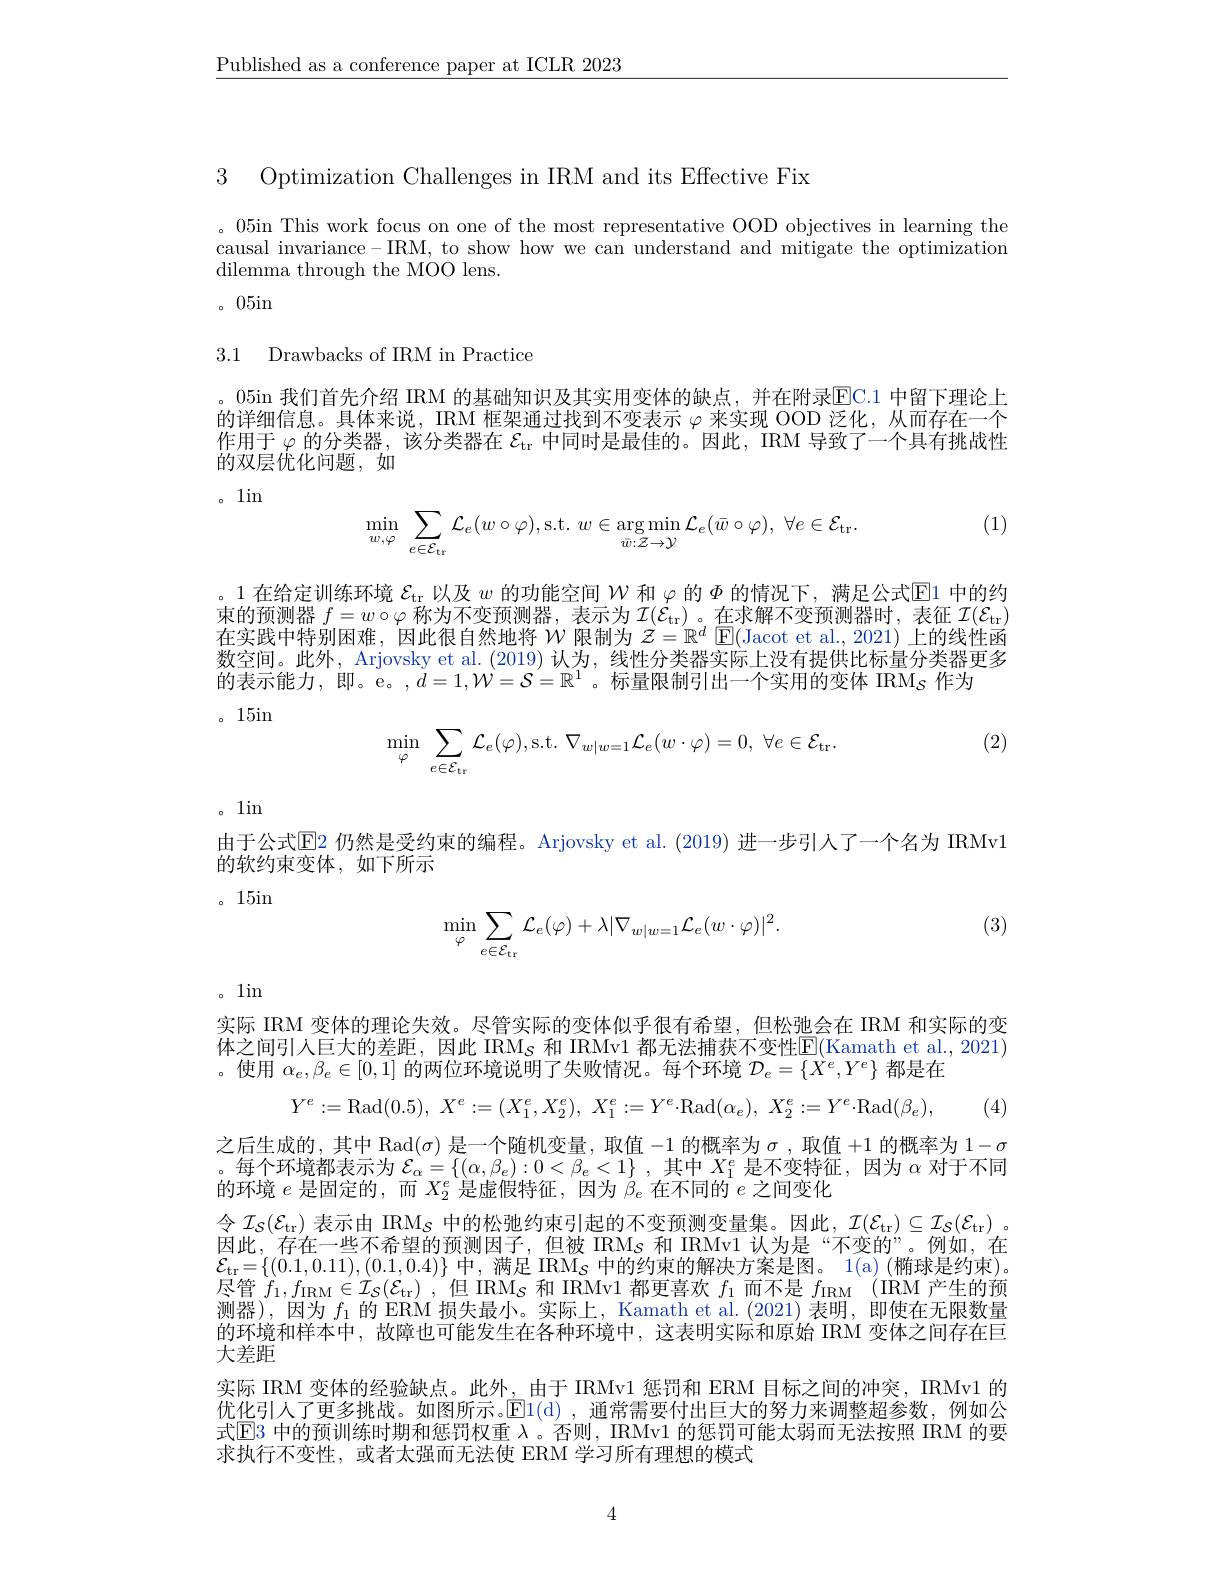
$\underline{\text{Published as a conference paper at ICLR 2023}}$

3 Optimization Challenges in IRM and its Effective Fix

。05in This work focus on one of the most representative OOD objectives in learning the causal invariance-IRM, to show how we can understand and mitigate the optimization dilemma through the MOO lens.

。05in

3.1 Drawbacks of IRM in Practice

。05in 我们首先介绍 IRM 的基础知识及其实用变体的缺点，并在附录EC. 1 中留下理论上的详细信息。具体来说，IRM 框架通过找到不变表示$\varphi$来实现 OOD 泛化，从而存在一个作用于$\varphi$的分类器，该分类器在$\mathcal{E}_\mathrm{tr}$中同时是最佳的。因此，IRM 导致了一个具有挑战性的双层优化问题，如
。1in

(1)
$$\min\limits_{w,\varphi}\:\sum\limits_{e\in\mathcal{E}_{\mathrm{tr}}}\mathcal{L}_{e}(w\circ\varphi),\mathrm{s.t.}\:w\in\arg\min\limits_{\bar{w}:\mathcal{Z}\to\mathcal{Y}}\mathcal{L}_{e}(\bar{w}\circ\varphi),\:\forall e\in\mathcal{E}_{\mathrm{tr}}.$$
。1 在给定训练环境$\mathcal{E}_\mathrm{tr}$以及$w$的功能空间$W$和$\varphi$的$\Phi$的情况下，满足公式$\operatorname{El}$中的约束的预测器$f=w\circ\varphi$称为不变预测器，表示为$\mathcal{I} ( \mathcal{E} _\mathrm{tr})$ 。在求解不变预测器时，表征$\mathcal{I} ( \mathcal{E} _\mathrm{tr})$ 在实践中特别困难，因此很自然地将$\mathcal{W}$限制为 $\mathcal{Z}=\mathbb{R}^d$ $\mathbb{E}($Jacot et al.,2021)上的线性函数空间。此外，Arjovsky et al. (2019) 认为，线性分类器实际上没有提供比标量分类器更多的表示能力，即。e。,$d=1,\dot{\mathcal{W}}=\mathcal{S}=\mathbb{R}^1$。标量限制引出一个实用的变体 IRM$_{\mathcal{S}}$作为
。15in

(2)
$$\min_{\varphi}\:\sum_{e\in\mathcal{E}_{\mathrm{tr}}}\mathcal{L}_{e}(\varphi),\mathrm{s.t.}\:\nabla_{w|w=1}\mathcal{L}_{e}(w\cdot\varphi)=0,\:\forall e\in\mathcal{E}_{\mathrm{tr}}.$$
。1in

由于公式$\mathbb{E}$2 仍然是受约束的编程。Arjovsky et al.(2019) 进一步引人了一个名为 IRMv1
的软约束变体，如下所示
。15in

(3)
$$\min_{\varphi}\sum_{e\in\mathcal{E}_{\mathrm{tr}}}\mathcal{L}_{e}(\varphi)+\lambda|\nabla_{w|w=1}\mathcal{L}_{e}(w\cdot\varphi)|^{2}.$$
。1in

实际 IRM 变体的理论失效。尽管实际的变体似乎很有希望，但松弛会在 IRM 和实际的变体之间引人巨大的差距，因此 IRM$_{\mathcal{S}}$ 和 IRMv1 都无法捕获不变性$\overline{\mathrm{E}}($Kamath et al., 2021) 。使用$\alpha_e,\beta_e\in[0,1]$的两位环境说明了失败情况。每个环境$D_e=\{X^e,Y^e\}$都是在

(4
$$Y^e:=\mathrm{Rad}(0.5),\:X^e:=(X_1^e,X_2^e),\:X_1^e:=Y^e{\cdot}\mathrm{Rad}(\alpha_e),\:X_2^e:=Y^e{\cdot}\mathrm{Rad}(\beta_e),$$
之后生成的，其中 Rad$(\sigma)$是一个随机变量，取值-1的概率为$\sigma$,取值+1的概率为$1-\sigma$ 。每个环境都表示为$\mathcal{E}_\alpha=\left\{(\alpha,\beta_e):0<\beta_e<1\right\}$,其中$X_1^e$是不变特征，因为$\alpha$对于不同的环境$e$是固定的，而$X_2^e$是虚假特征，因为$\bar{\beta}_e$在不同的$e$之间变化
令$\mathcal{I}_S(\mathcal{E}_\mathrm{tr})$表示由 IRM$_S$中的松弛约束引起的不变预测变量集。因此，$\mathcal{I} ( \mathcal{E} _\mathrm{tr}) \subseteq \mathcal{I} _\mathcal{S} ( \mathcal{E} _\mathrm{tr})$ 。因此，存在一些不希望的预测因子，但被 IRMs 和 IRMv1 认为是“不变的”。例如，在$\mathcal{E}_{\mathrm{tr}}=\{(0.1,0.11),(0.1,0.4)\}$中，满足 IRM$_S$中的约束的解决方案是图。1(a) (椭球是约束)。尽管$f_1,f_{\mathrm{IRM}}\in\mathcal{I}_{S}(\mathcal{E}_{\mathrm{tr}})$ ,但 IRM$_S$和 IRMv1 都更喜欢$f_1$而不是$f_{\mathrm{IRM}}$ (IRM 产生的预则器),因为$f_1$的 ERM 损失最小。买际上，Kamath et al.(2021) 表明，即便在尢限数量的环境和样本中，故障也可能发生在各种环境中，这表明实际和原始 IRM 变体之间存在巨大差距
实际 IRM 变体的经验缺点。此外，由于 IRMv1 惩罚和 ERM 目标之间的冲突，IRMv1 的优化引人了更多挑战。如图所示。$\overline{\mathrm{E}}$1(d),通常需要付出巨大的努力来调整超参数，例如公式$\mathbb{E}$3 中的预训练时期和惩罚权重 $\lambda$。否则，IRMv1 的惩罚可能太弱而无法按照 IRM 的要求执行不变性，或者太强而无法使 ERM 学习所有理想的模式

4